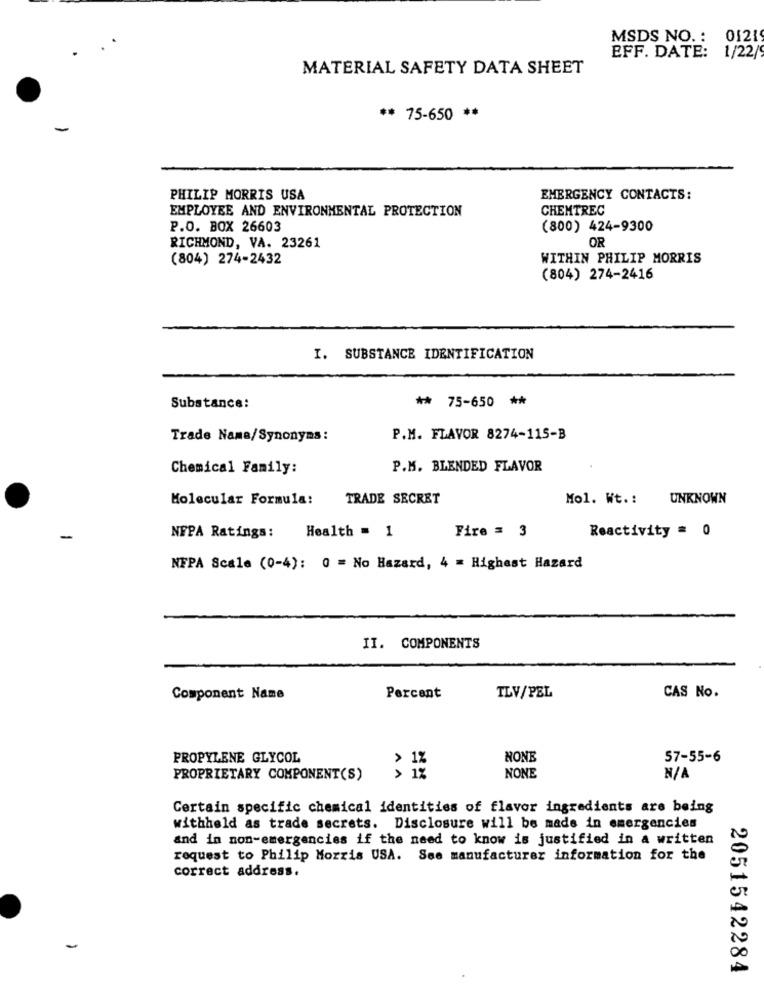
MSDS NO. : 01219
EFF. DATE: 1/22/
MATERIAL SAFETY DATA SHEET
** 75-650 **
-
PHILIP MORRIS USA
EMERGENCY CONTACTS:
EMPLOYEE AND ENVIRONMENTAL PROTECTION
CHEMTREC
P.O. BOX 26603
(800) 424-9300
OR
RICHMOND, VA. 23261
(804) 274-2432
WITHIN PHILIP MORRIS
(804) 274-2416
I. SUBSTANCE IDENTIFICATION
** 75-650 **
Substance:
Trade Name/Synonyms:
P.M. FLAVOR 8274-115-B
Chemical Family:
P.M. BLENDED FLAVOR
Molecular Formula:
TRADE SECRET
Mol. Wt .: UNKNOWN
Health = 1
Fire = 3
Reactivity = 0
NFPA Ratings:
NFPA Scale (0-4): 0 = No Hazard, 4 = Highest Hazard
II. COMPONENTS
Component Name
Percent
TLV/PEL
CAS No.
PROPYLENE GLYCOL
NONE
57-55-6
PROPRIETARY COMPONENT(S)
NONE
Certain specific chemical identities of flavor ingredients are being
withheld as trade secrets. Disclosure will be made in emergencies
and in non-emergencies if the need to know is justified in a written
request to Philip Morris USA. See manufacturer information for the
correct address.
2051542284